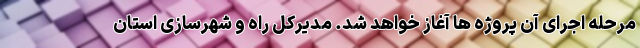
مرحله اجرای آن پروژه ها آغاز خواهد شد. مدیرکل راه و شهرسازی استان